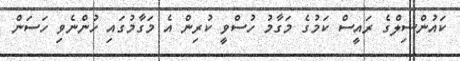
ކައުންސިލްގެ ރައީސް ކަމުގެ މަގާމު ހުސްވީ ކުރިން އެ މަގާމުގައި ހުންނެވި ހަސަން